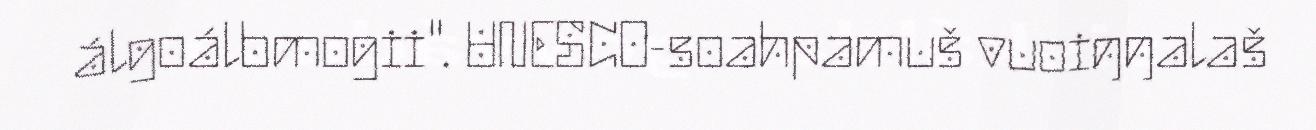
álgoálbmogii". UNESCO-soahpamuš vuoiŋŋalaš